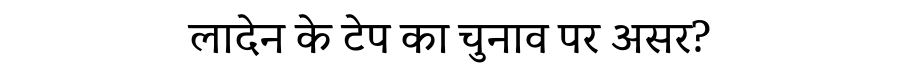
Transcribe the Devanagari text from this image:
लादेन के टेप का चुनाव पर असर?